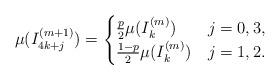
LaTeX: \begin{align*}\mu(I_{4k+j}^{(m+1)})= \begin{cases} \frac{p}{2}\mu(I_{k}^{(m)}) &j=0,3, \\ \frac{1-p}{2}\mu(I_{k}^{(m)}) &j=1,2. \end{cases}\end{align*}